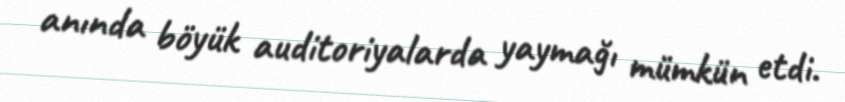
anında böyük auditoriyalarda yaymağı mümkün etdi.